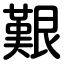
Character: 艱